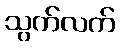
သွက်လက်